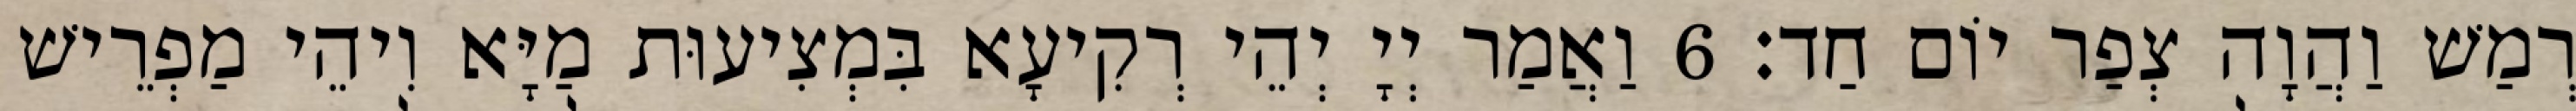
רְמַשׁ וַהֲוָה צְפַר יוֹם חַד׃ 6 וַאֲמַר יְיָ יְהֵי רְקִיעָא בִּמְצִיעוּת מַיָּא וִיהֵי מַפְרֵישׁ